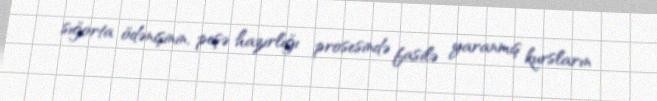
sığorta ödənişinin, peşə hazırlığı prosesində fasilə yaranmış kursların